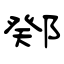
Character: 鄈